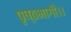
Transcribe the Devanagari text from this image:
पृष्ठभागी।।